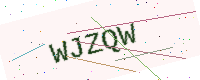
Text: WJZQW